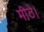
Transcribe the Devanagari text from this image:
मीठे।